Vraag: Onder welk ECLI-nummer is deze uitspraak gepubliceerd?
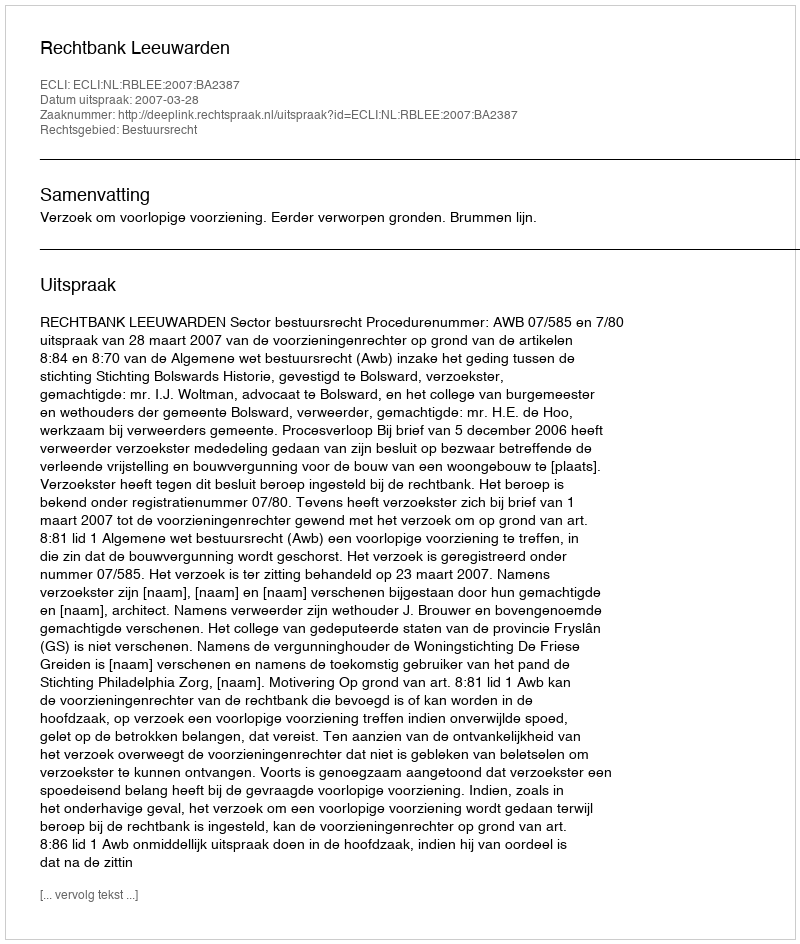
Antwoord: ECLI:NL:RBLEE:2007:BA2387